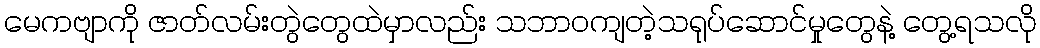
မေကဗျာကို ဇာတ်လမ်းတွဲတွေထဲမှာလည်း သဘာဝကျတဲ့သရုပ်ဆောင်မှုတွေနဲ့ တွေ့ရသလို